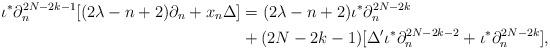
LaTeX: \begin{align*} \iota^* \partial_n^{2N-2k-1}[(2\lambda-n+2)\partial_n+x_n\Delta]&=(2\lambda-n+2)\iota^*\partial_n^{2N-2k}\\ &+(2N-2k-1)[\Delta^\prime\iota^*\partial_n^{2N-2k-2}+\iota^*\partial_n^{2N-2k}], \end{align*}